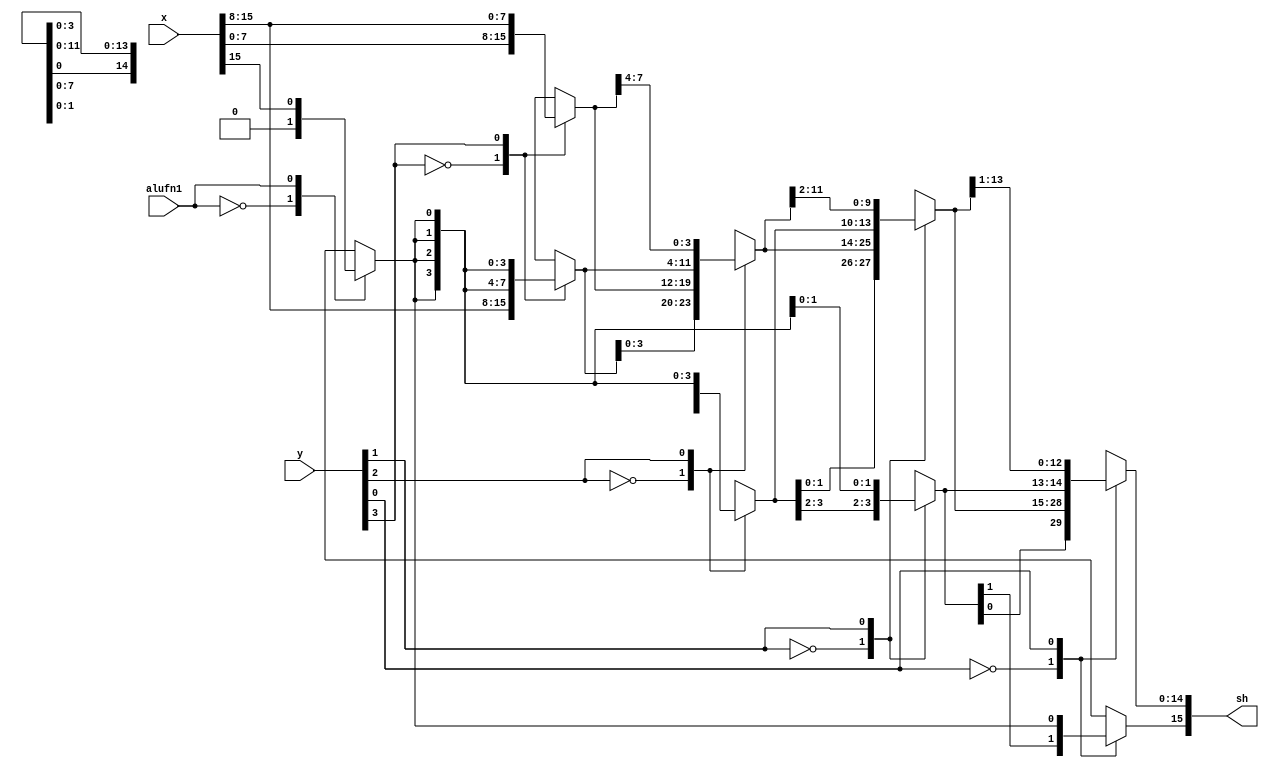
/*
   This file was generated automatically by Alchitry Labs version 1.2.1.
   Do not edit this file directly. Instead edit the original Lucid source.
   This is a temporary file and any changes made to it will be destroyed.
*/

module shiftright16_27 (
    input [15:0] x,
    input [3:0] y,
    input alufn1,
    output reg [15:0] sh
  );
  
  
  
  reg [15:0] a;
  reg [15:0] b;
  reg [15:0] c;
  
  reg se;
  
  always @* begin
    
    case (alufn1)
      1'h0: begin
        se = 1'h0;
      end
      1'h1: begin
        se = x[15+0-:1];
      end
      default: begin
        se = 1'h0;
      end
    endcase
    
    case (y[3+0-:1])
      1'h0: begin
        a = x;
      end
      1'h1: begin
        a[0+7-:8] = x[8+7-:8];
        a[8+7-:8] = {4'h8{se}};
      end
      default: begin
        a = x;
      end
    endcase
    
    case (y[2+0-:1])
      1'h0: begin
        b = a;
      end
      1'h1: begin
        b[0+11-:12] = a[4+11-:12];
        b[12+3-:4] = {3'h4{se}};
      end
      default: begin
        b = a;
      end
    endcase
    
    case (y[1+0-:1])
      1'h0: begin
        c = b;
      end
      1'h1: begin
        c[0+13-:14] = b[2+13-:14];
        c[14+1-:2] = {2'h2{se}};
      end
      default: begin
        c = b;
      end
    endcase
    
    case (y[0+0-:1])
      1'h0: begin
        sh = c;
      end
      1'h1: begin
        sh[0+14-:15] = c[1+14-:15];
        sh[15+0-:1] = se;
      end
      default: begin
        sh = c;
      end
    endcase
  end
endmodule